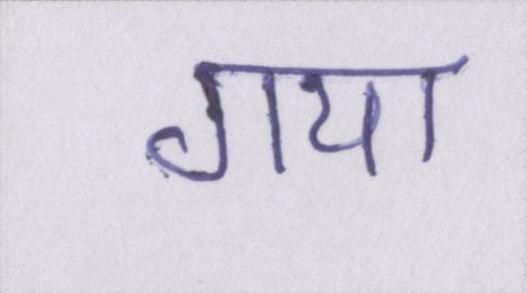
गया